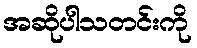
အဆိုပါသတင်းကို